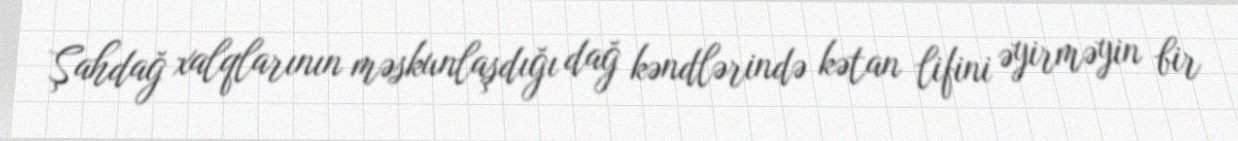
Şahdağ xalqlarının məskunlaşdığı dağ kəndlərində kətan lifini əyirməyin bir